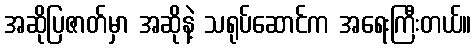
အဆိုပြဇာတ်မှာ အဆိုနဲ့ သရုပ်ဆောင်က အရေးကြီးတယ်။